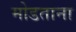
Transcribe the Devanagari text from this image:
मोडताना